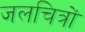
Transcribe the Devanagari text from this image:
जलचित्रों